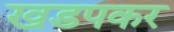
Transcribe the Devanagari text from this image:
खडपकर